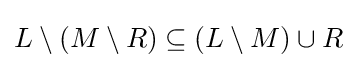
{\textstyle L\setminus (M\setminus R)\subseteq (L\setminus M)\cup R}